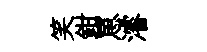
笑鉗罳濬